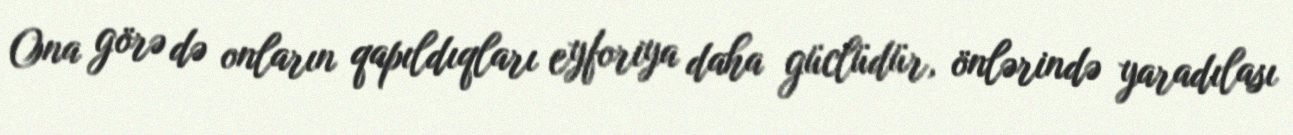
Ona görə də onların qapıldıqları eyforiya daha güclüdür, önlərində yaradılası